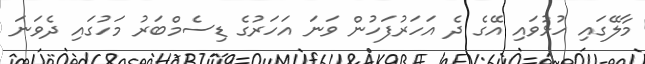
މާލޭގައި ހުޅުވައި އޭގެ ދެ އަހަރުފަހުން ވަނަ އަހަރުގެ ޑިސެމްބަރު މަހުގައި ދެވަނަ